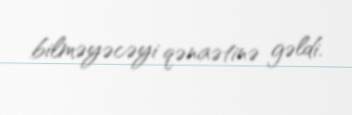
bilməyəcəyi qənaətinə gəldi.